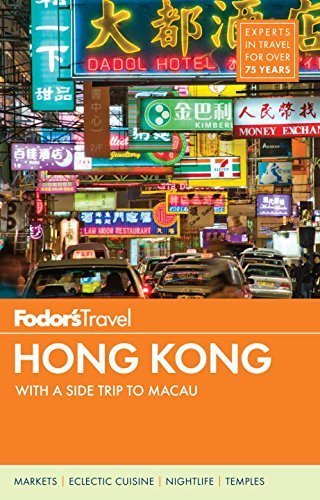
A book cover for Fodor's Hong Kong: with a Side Trip to Macau (Full-color Travel Guide) Paperback June 9, 2015; Fodor's; Travel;